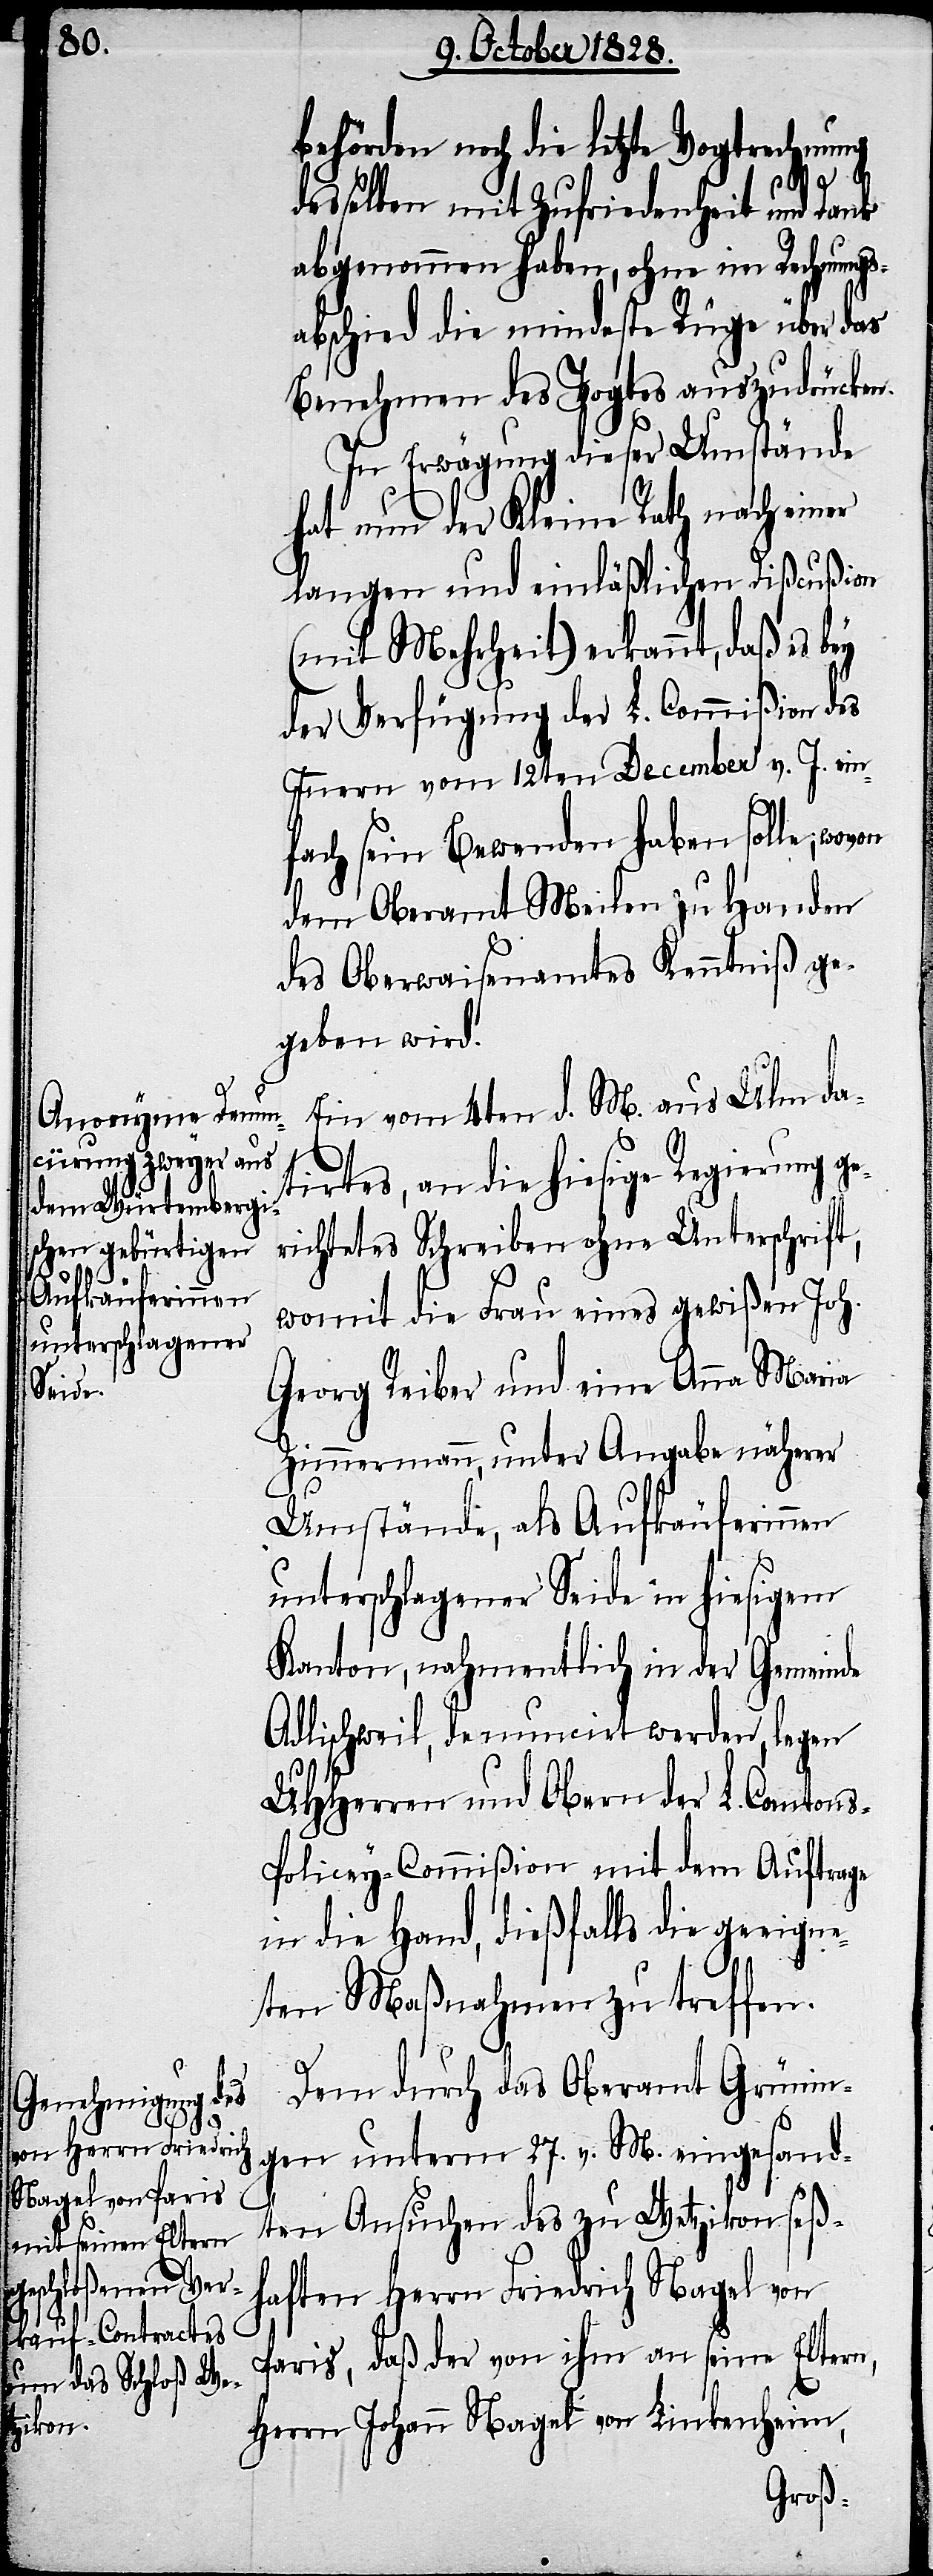
behörden noch die letzte Vogtrechnung
desselben mit Zufriedenheit und Dank
abgenommen haben, ohne im Rechnungs¬
abschied die mindeste Rüge über das
Benehmen des Vogtes auszudrücken.
In Erwägung dieser Umstände
hat nun der Kleine Rath nach einer
langen und einläßlichen Dißcußion
(mit Mehrheit) erkannt, daß es bey
der Verfügung der L. Commißion des
Innern vom 12ten December v. J. ein¬
fach sein Bewenden haben solle, wovon
dem Oberamt Meilen zu Handen
des Oberwaisenamtes Kenntniß ge¬
geben wird.
Ein vom 4ten d. M. aus Ulm da¬
tirtes, an die hiesige Regierung ge¬
richtetes Schreiben ohne Unterschrift,
womit die Frau eines gewißen Joh.
Georg Reiber und eine Anna Maria
Zimmermann, unter Angabe näherer
Umstände, als Aufkäuferinnen
unterschlagener Seide in hiesigem
Kanton, nahmentlich in der Gemeinde
Adlischweil, denuncirt werden, legen
UHHerren und Obern der L. Canton¬
s-Policey-Commißion mit dem Auftrage
in die Hand, dießfalls die geeigne¬
ten Maßnahmen zu treffen.
Dem durch das Oberamt Grünin¬
gen unterm 27. v. M. eingesand¬
ten Ansuchen des zu Wetzikon seß¬
haften Herrn Friedrich Nagel von
Paris, daß der von ihm an seine Eltern,
Herrn Johann Nagel von Linkenheim,